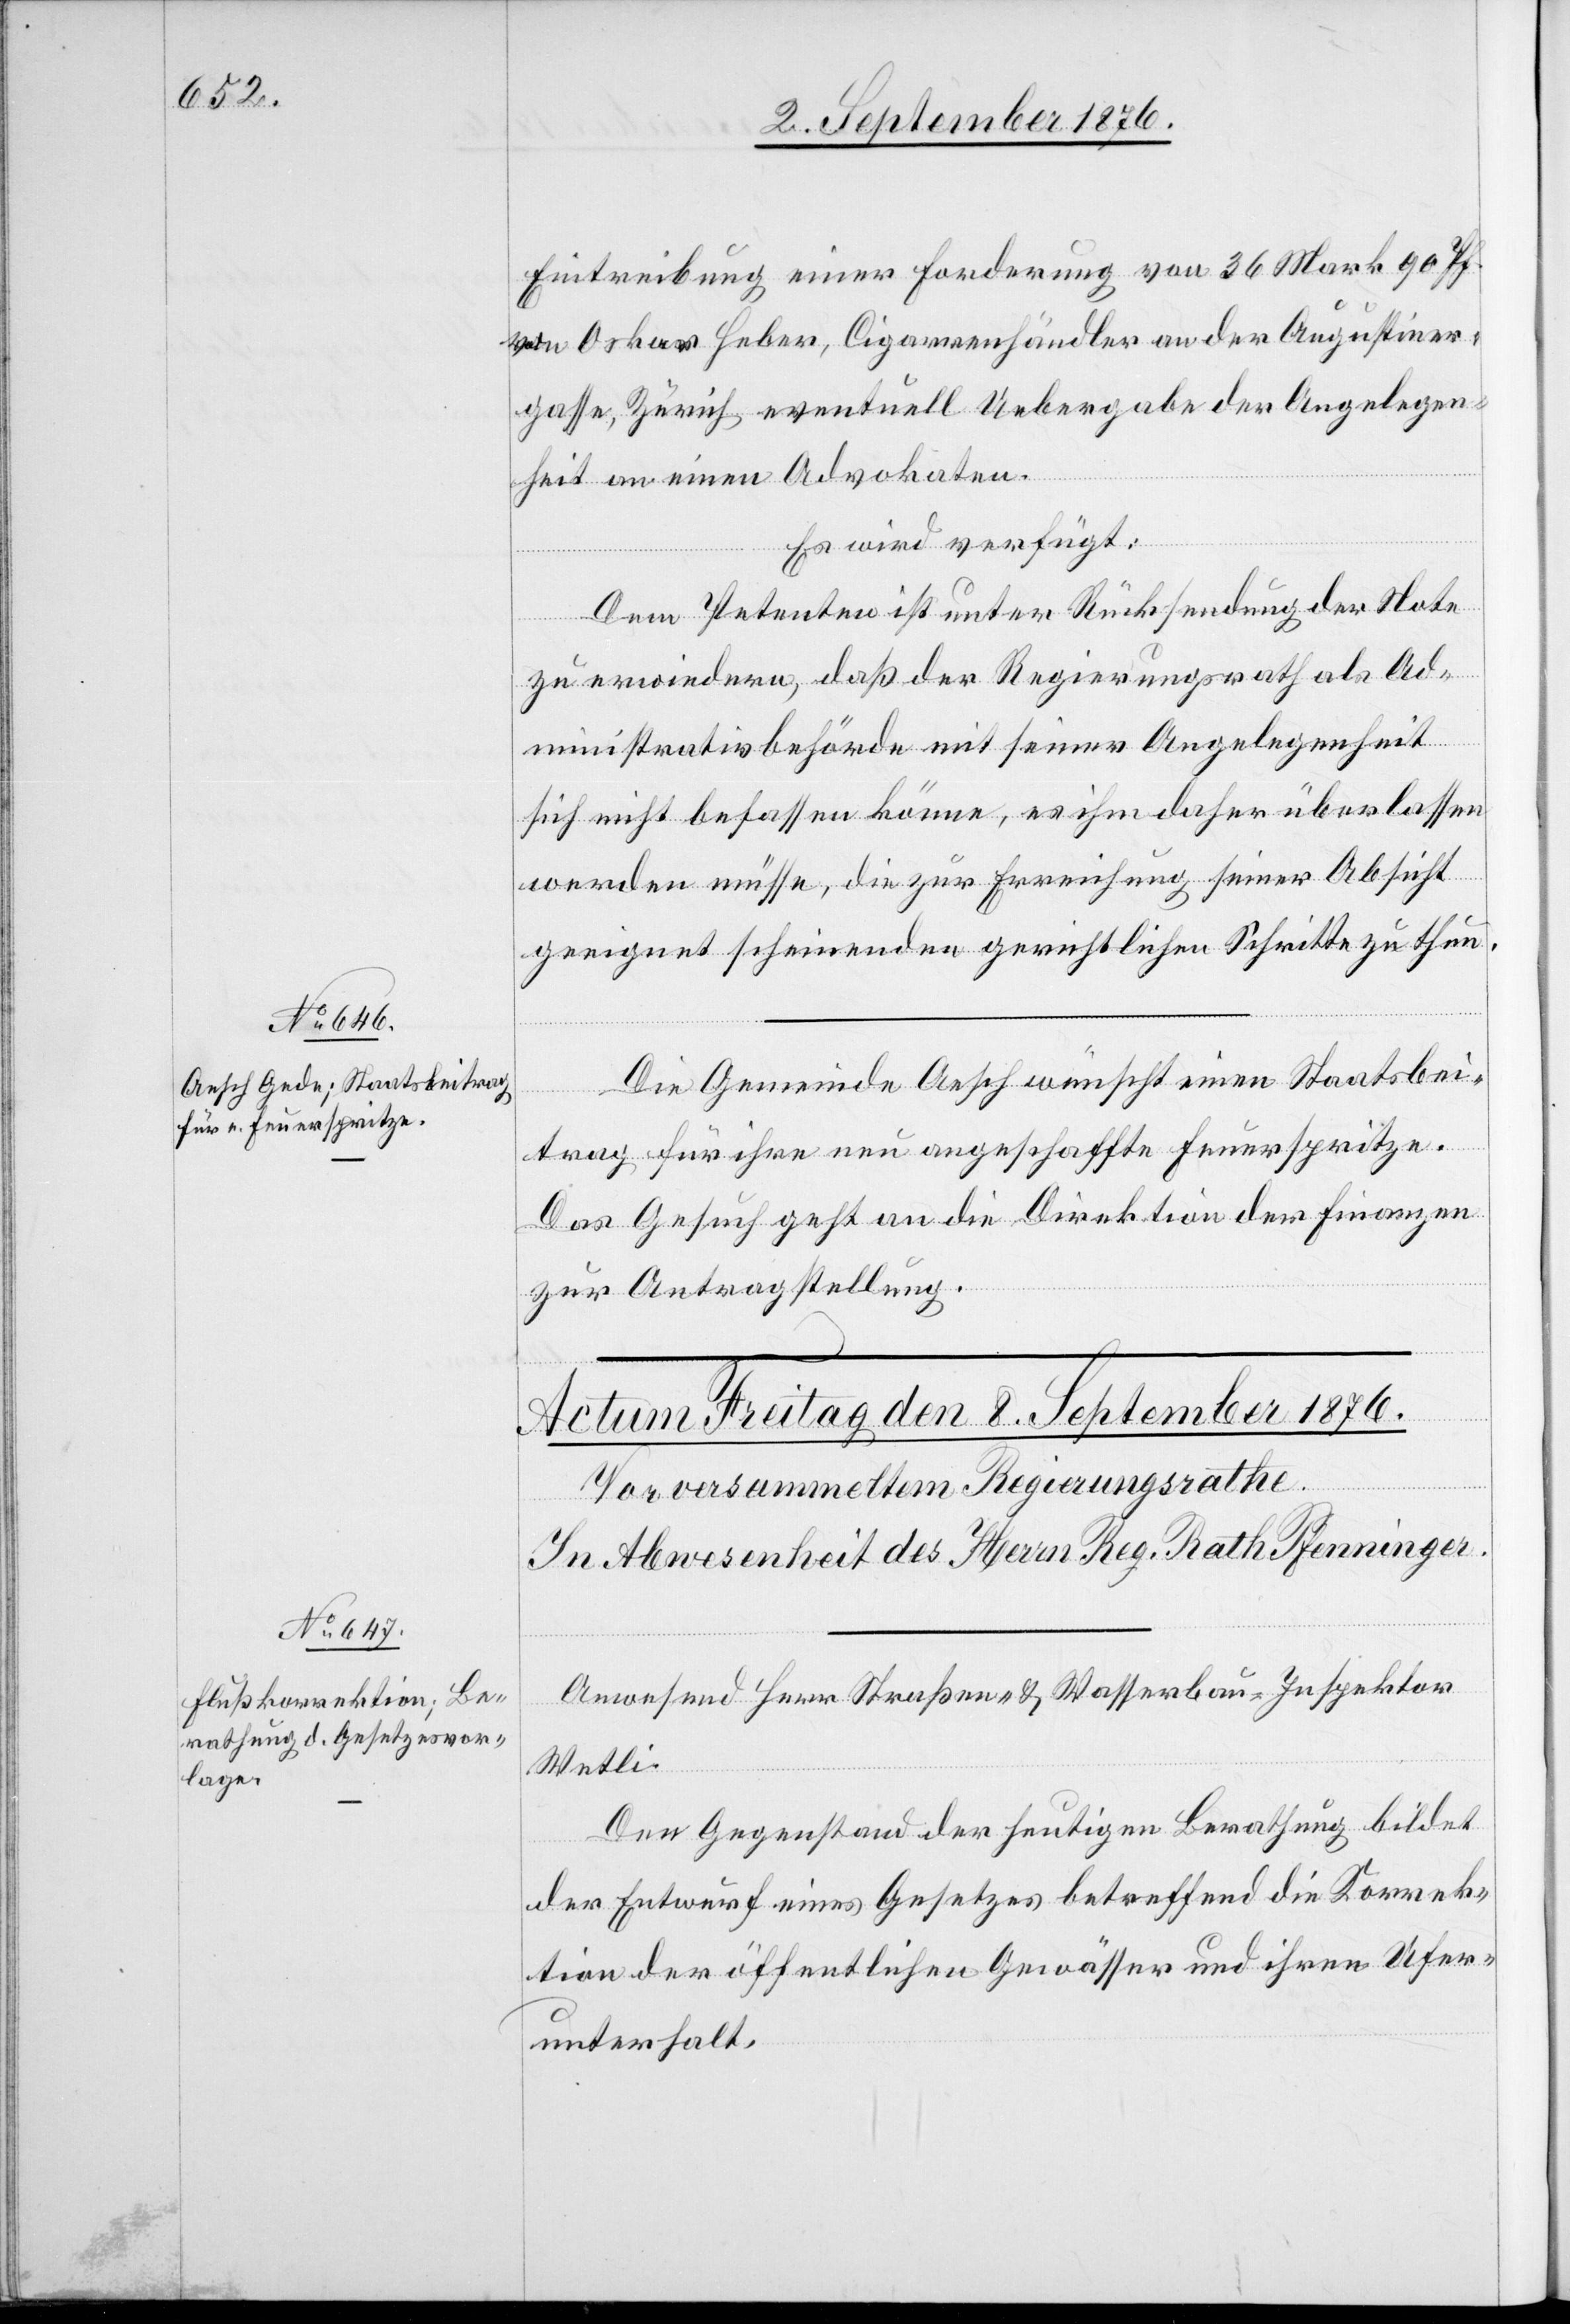
7. September 1876.]
Eintreibung einer Forderung von 36 Mark 90 Pf.
von Oskar Heber, Cigarrenhändler an der Augustiner¬
gasse, Zürich eventuell Uebergabe der Angelegen¬
heit an einen Advokaten.
Es wird verfügt:
Dem Petenten ist unter Rücksendung der Note
zu erwiedern, daß der Regierungsrath als Ad¬
ministrativbehörde mit seiner Angelegenheit
sich nicht befassen könne, es ihm daher überlassen
werden müsse, die zur Erreichung seiner Absicht
geeignet scheinenden gerichtlichen Schritte zu thun.
Die Gemeinde Aesch wünscht einen Staatsbei¬
trag für ihre nun angeschaffte Feuerspritze.
Das Gesuch geht an die Direktion der Finanzen
zur Antragstellung.
Anwesend Herr Straßen- & Wasserbau-Inspektor
Welti.
Den Gegenstand der heutigen Berathung bildet
der Entwurf eines Gesetzes betreffend die Korrek¬
tion der öffentlichen Gewässer und ihren Ufer¬
unterhalt.